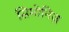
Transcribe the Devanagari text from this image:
सिमोनिज़